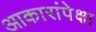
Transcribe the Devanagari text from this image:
आकारांपेक्षा